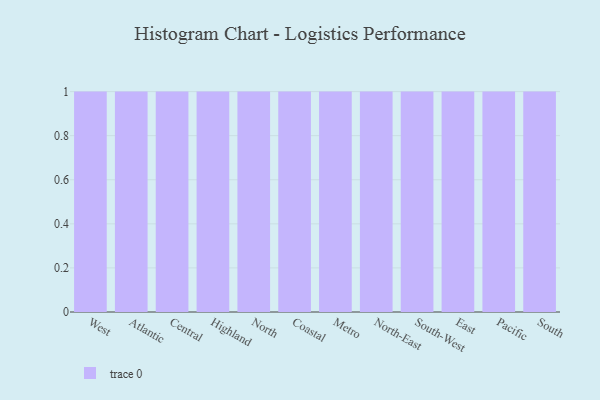
{"axis": {"x": "Region", "y": "Latency (ms)"}, "legend": [""], "data": [{"x": "West", "y": 3, "type": ""}, {"x": "Atlantic", "y": 46, "type": ""}, {"x": "Central", "y": 49, "type": ""}, {"x": "Highland", "y": 76, "type": ""}, {"x": "North", "y": 25, "type": ""}, {"x": "Coastal", "y": 88, "type": ""}, {"x": "Metro", "y": 52, "type": ""}, {"x": "North-East", "y": 36, "type": ""}, {"x": "South-West", "y": 21, "type": ""}, {"x": "East", "y": 3, "type": ""}, {"x": "Pacific", "y": 8, "type": ""}, {"x": "South", "y": 91, "type": ""}]}